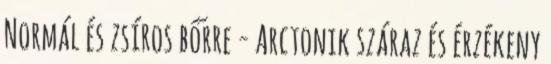
Normál és zsíros bőrre - Arctonik száraz és érzékeny